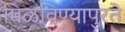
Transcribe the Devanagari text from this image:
मिळविण्यापुरते